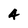
Character: A